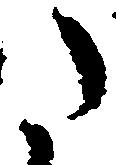
た